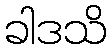
ခါဒသိ